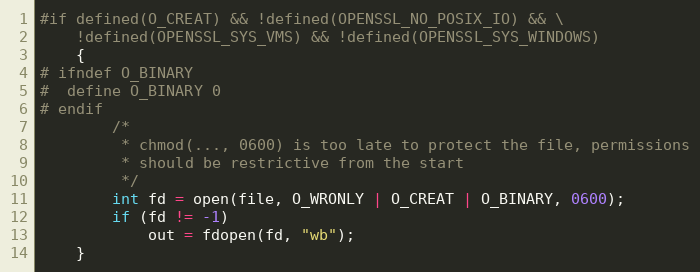
Language: C
#if defined(O_CREAT) && !defined(OPENSSL_NO_POSIX_IO) && \
    !defined(OPENSSL_SYS_VMS) && !defined(OPENSSL_SYS_WINDOWS)
    {
# ifndef O_BINARY
#  define O_BINARY 0
# endif
        /*
         * chmod(..., 0600) is too late to protect the file, permissions
         * should be restrictive from the start
         */
        int fd = open(file, O_WRONLY | O_CREAT | O_BINARY, 0600);
        if (fd != -1)
            out = fdopen(fd, "wb");
    }